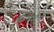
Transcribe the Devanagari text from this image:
साड्यांनी